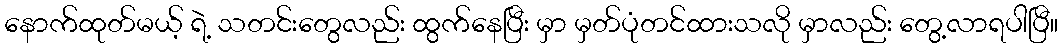
နောက်ထုတ်မယ့် ရဲ့ သတင်းတွေလည်း ထွက်နေပြီး မှာ မှတ်ပုံတင်ထားသလို မှာလည်း တွေ့လာရပါပြီ။